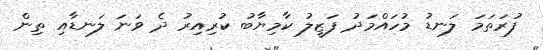
ފުރަތަމަ ލަނޑު މުހައްމަދު ފަޒީލު ކާމިޔާބު ކުރިއިރު ދެ ވަނަ ލަނޑާއި ތިން